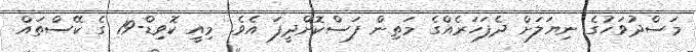
މަސްދުވަހުގެ ނިޔަލަށް ދެފަހަރެއްގެ މަތިން ފަސްކޮށްދީފަ އެވެ. މިއީ ކޮވިޑް-19 ގެ ކޭސްތައް